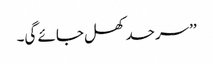
’’سرحد کھل جائے گی۔